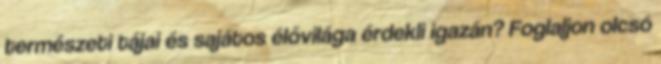
természeti tájai és sajátos élővilága érdekli igazán? Foglaljon olcsó